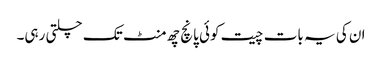
ان کی یہ بات چیت کوئی پانچ چھ منٹ تک چلتی رہی۔